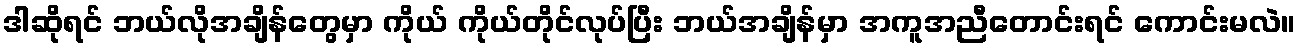
ဒါဆိုရင် ဘယ်လိုအချိန်တွေမှာ ကိုယ် ကိုယ်တိုင်လုပ်ပြီး ဘယ်အချိန်မှာ အကူအညီတောင်းရင် ကောင်းမလဲ။